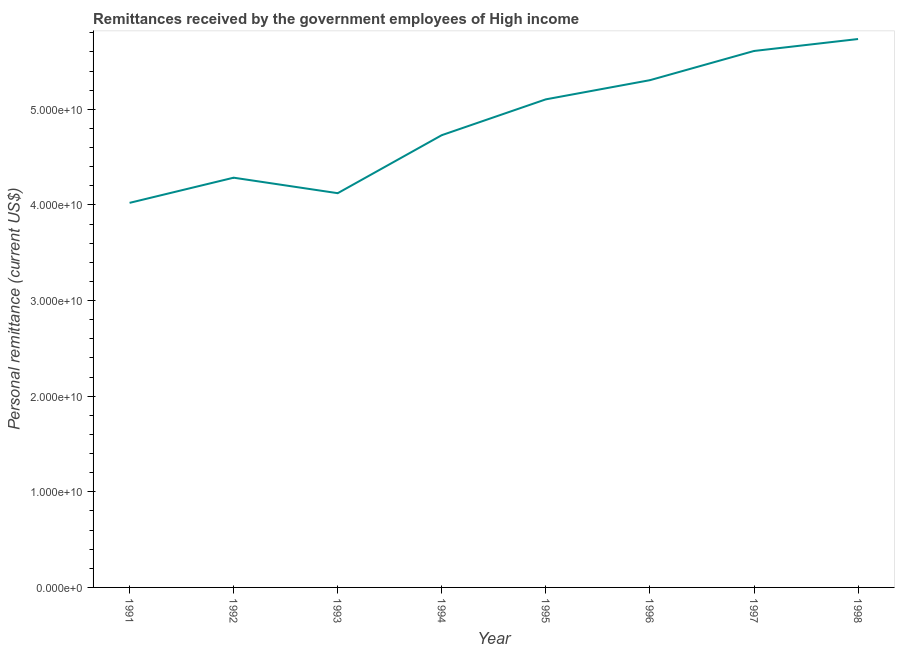
| Year | Personal remittances |
 | --- | --- |
 | 1991 | 4.02e+10 |
 | 1992 | 4.28e+10 |
 | 1993 | 4.12e+10 |
 | 1994 | 4.73e+10 |
 | 1995 | 5.1e+10 |
 | 1996 | 5.3e+10 |
 | 1997 | 5.61e+10 |
 | 1998 | 5.74e+10 |